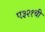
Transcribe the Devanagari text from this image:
ए३२१ची